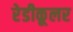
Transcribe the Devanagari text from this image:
रेडीकूलर